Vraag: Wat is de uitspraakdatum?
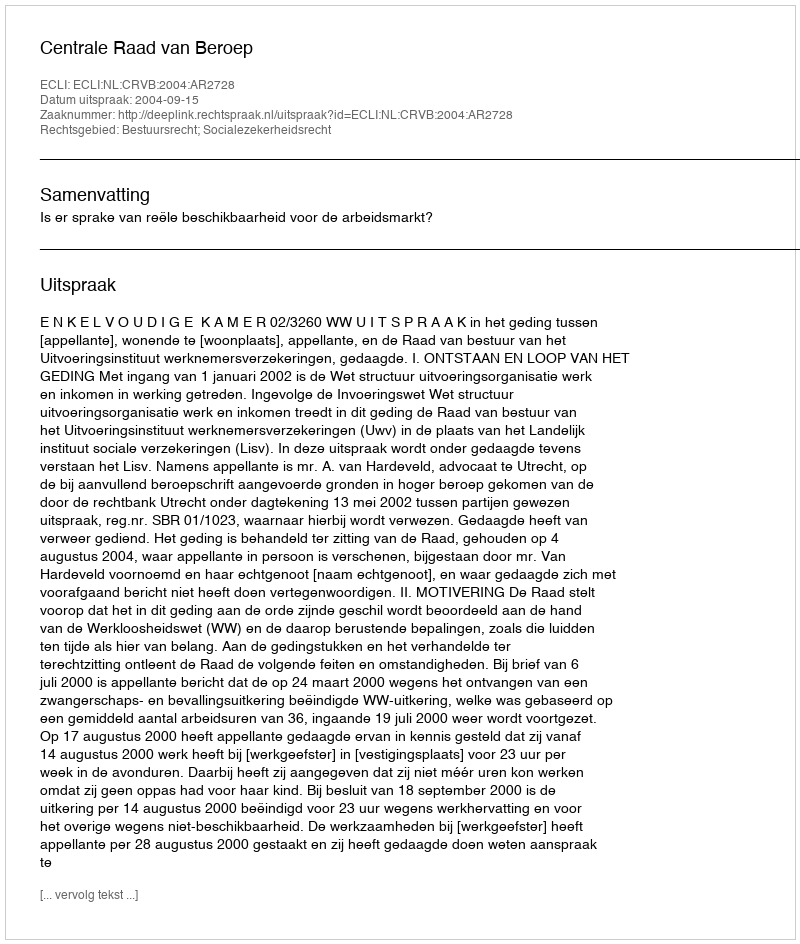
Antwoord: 2004-09-15